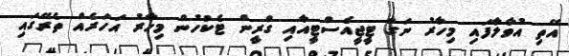
އޭތި އުވާލާފައި މިހާރު ނަގާ ޓީޖީއެސްޓީއާއި ގްރީން ޓެކުހުން މިހާރު އަހަރެއް ތެރޭގައި